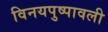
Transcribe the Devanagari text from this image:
विनयपुष्पावली